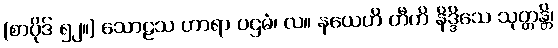
(စာပိုဒ် ၅၂။) သောဠသ ဟာရာ ပဌမံ၊ လ။ နယေဟိ တီဟိ နိဒ္ဒိသေ သုတ္တန္တိ၊